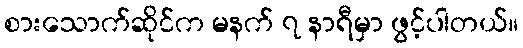
စားသောက်ဆိုင်က မနက် ၇ နာရီမှာ ဖွင့်ပါတယ်။